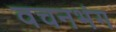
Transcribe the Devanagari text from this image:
वचनभंग